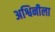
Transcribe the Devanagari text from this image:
अश्विनीला